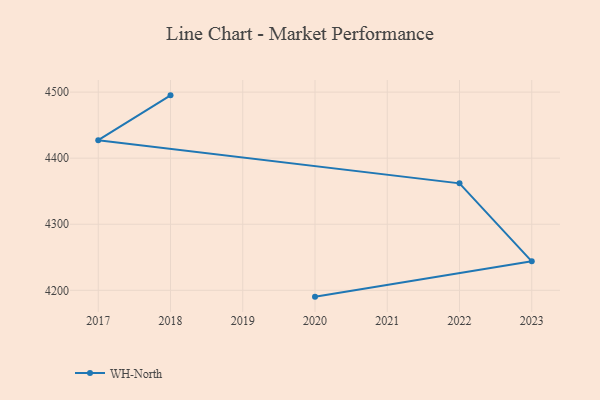
{"axis": {"x": "Year", "y": "Waste Production (Tons)"}, "legend": ["WH-North"], "data": [{"x": "2018", "y": 4495.1, "type": "WH-North"}, {"x": "2017", "y": 4427.2, "type": "WH-North"}, {"x": "2022", "y": 4361.9, "type": "WH-North"}, {"x": "2023", "y": 4243.9, "type": "WH-North"}, {"x": "2020", "y": 4190.4, "type": "WH-North"}]}